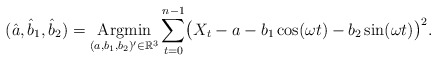
\begin{align*} (\hat a, \hat b_1,\hat b_2) =\mathop{\operatorname{Argmin}}_{(a,b_1,b_2)'\in\mathbb{R}^3} \sum_{t=0}^{n-1}\bigl(X_t - a -b_1\cos(\omega t) - b_2\sin(\omega t) \bigr)^2.\end{align*}